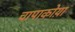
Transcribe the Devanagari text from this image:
चापाकोय़ा